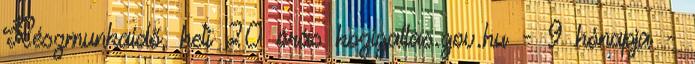
Részmunkaidő, heti 20 órás kozigallas.gov.hu - 9 hónapja -